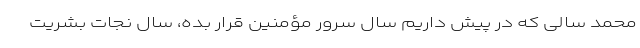
محمد سالی که در پیش داریم سال سرور مؤمنین قرار بده، سال نجات بشریت